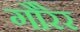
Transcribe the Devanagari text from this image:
गौरेर